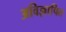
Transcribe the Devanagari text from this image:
अविज्ञापित